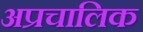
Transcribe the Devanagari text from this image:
अप्रचालिक